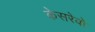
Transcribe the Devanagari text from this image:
केसरेवो